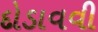
દોડાવવી